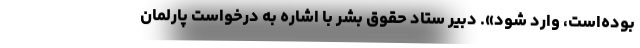
بوده‌است، وارد شود». دبیر ستاد حقوق بشر با اشاره به درخواست پارلمان